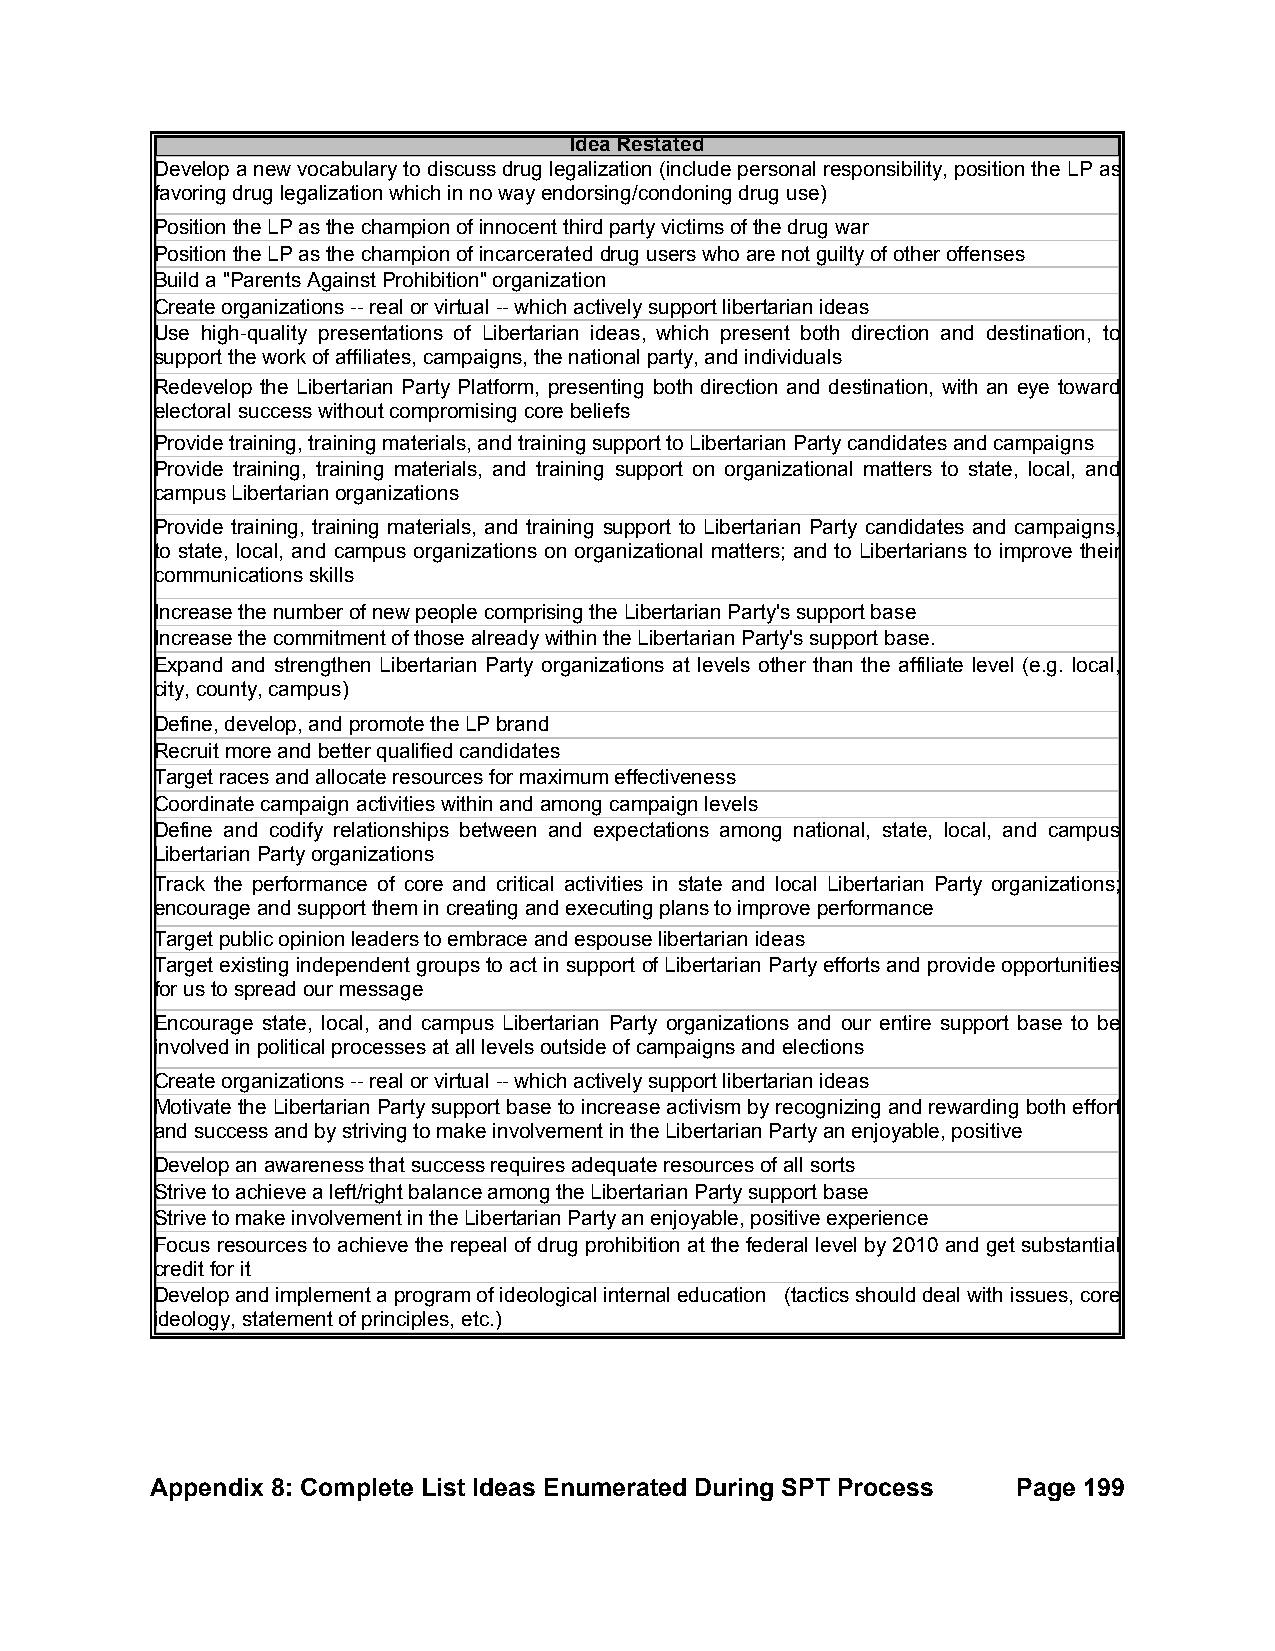
Idea Restated
 Develop a new vocabulary to discuss drug legalization (include personal responsibility, position the LP as
 favoring drug legalization which in no way endorsing/condoning drug use)
 Position the LP as the champion of innocent third party victims of the drug war
 Position the LP as the champion of incarcerated drug users who are not guilty of other offenses
 Build a "Parents Against Prohibition" organization
 Create organizations -- real or virtual -- which actively support libertarian ideas
 Use high-quality presentations of Libertarian ideas, which present both direction and destination, to
 support the work of affiliates, campaigns, the national party, and individuals
 Redevelop the Libertarian Party Platform, presenting both direction and destination, with an eye toward
 electoral success without compromising core beliefs
 Provide training, training materials, and training support to Libertarian Party candidates and campaigns
 Provide training, training materials, and training support on organizational matters to state, local, and
 campus Libertarian organizations
 Provide training, training materials, and training support to Libertarian Party candidates and campaigns,
 to state, local, and campus organizations on organizational matters; and to Libertarians to improve their
 communications skills
 Increase the number of new people comprising the Libertarian Party's support base
 Increase the commitment of those already within the Libertarian Party's support base.
 Expand and strengthen Libertarian Party organizations at levels other than the affiliate level (e.g. local,
 city, county, campus)
 Define, develop, and promote the LP brand
 Recruit more and better qualified candidates
 Target races and allocate resources for maximum effectiveness
 Coordinate campaign activities within and among campaign levels
 Define and codify relationships between and expectations among national, state, local, and campus
 Libertarian Party organizations
 Track the performance of core and critical activities in state and local Libertarian Party organizations;
 encourage and support them in creating and executing plans to improve performance
 Target public opinion leaders to embrace and espouse libertarian ideas
 Target existing independent groups to act in support of Libertarian Party efforts and provide opportunities
 for us to spread our message
 Encourage state, local, and campus Libertarian Party organizations and our entire support base to be
 involved in political processes at all levels outside of campaigns and elections
 Create organizations -- real or virtual -- which actively support libertarian ideas
 Motivate the Libertarian Party support base to increase activism by recognizing and rewarding both effort
 and success and by striving to make involvement in the Libertarian Party an enjoyable, positive
 Develop an awareness that success requires adequate resources of all sorts
 Strive to achieve a left/right balance among the Libertarian Party support base
 Strive to make involvement in the Libertarian Party an enjoyable, positive experience
 Focus resources to achieve the repeal of drug prohibition at the federal level by 2010 and get substantial
 credit for it
 Develop and implement a program of ideological internal education (tactics should deal with issues, core
 ideology, statement of principles, etc.)
 Appendix 8: Complete List Ideas Enumerated During SPT Process Page 199